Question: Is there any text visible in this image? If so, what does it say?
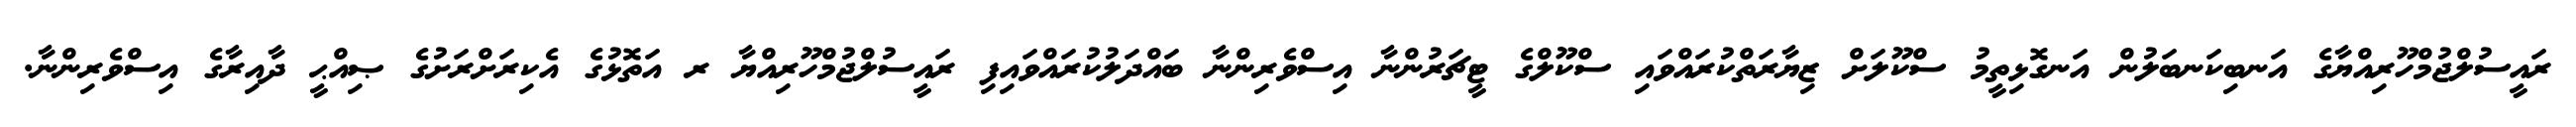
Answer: ރައީސުލްޖުމްހޫރިއްޔާގެ އަނބިކަނބަލުން އަނގޮޅިތީމު ސްކޫލަށް ޒިޔާރަތްކުރައްވައި ސްކޫލްގެ ޓީޗަރުންނާ އިސްވެރިންނާ ބައްދަލުކުރައްވައިފި ރައީސުލްޖުމްހޫރިއްޔާ ރ އަތޮޅުގެ އެކިރަށްރަށުގެ ޞިއްޙީ ދާއިރާގެ އިސްވެރިންނާ.